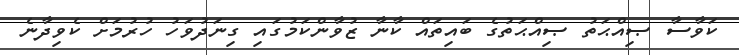
ކަވާސާ ޞިއްޙަތު ޞިއްޙަތުގެ ބައިތައް ކާނާ ޒުވާންކަމުގައި ގިނަދުވަހު ހުރުމަށް ކެވިދާނެ